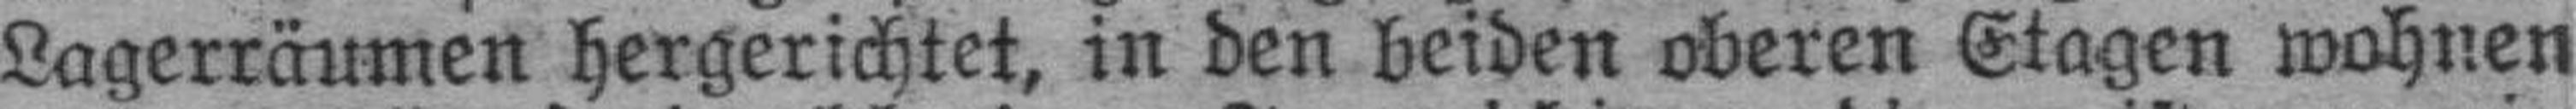
Lagerräumen hergerichtet, in den beiden oberen Etagen wohnen